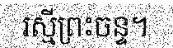
រស្មីព្រះចន្ទ។